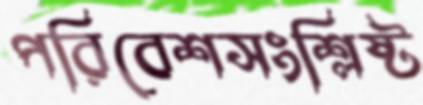
পরিবেশসংশ্লিষ্ট